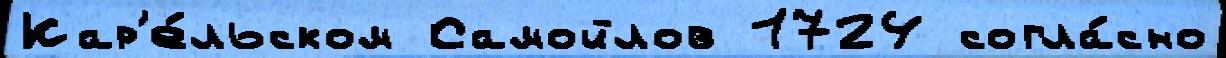
Кар'е́льском Самойлов 1724 согла́сно